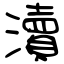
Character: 瀆